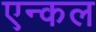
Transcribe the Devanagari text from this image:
एन्कल